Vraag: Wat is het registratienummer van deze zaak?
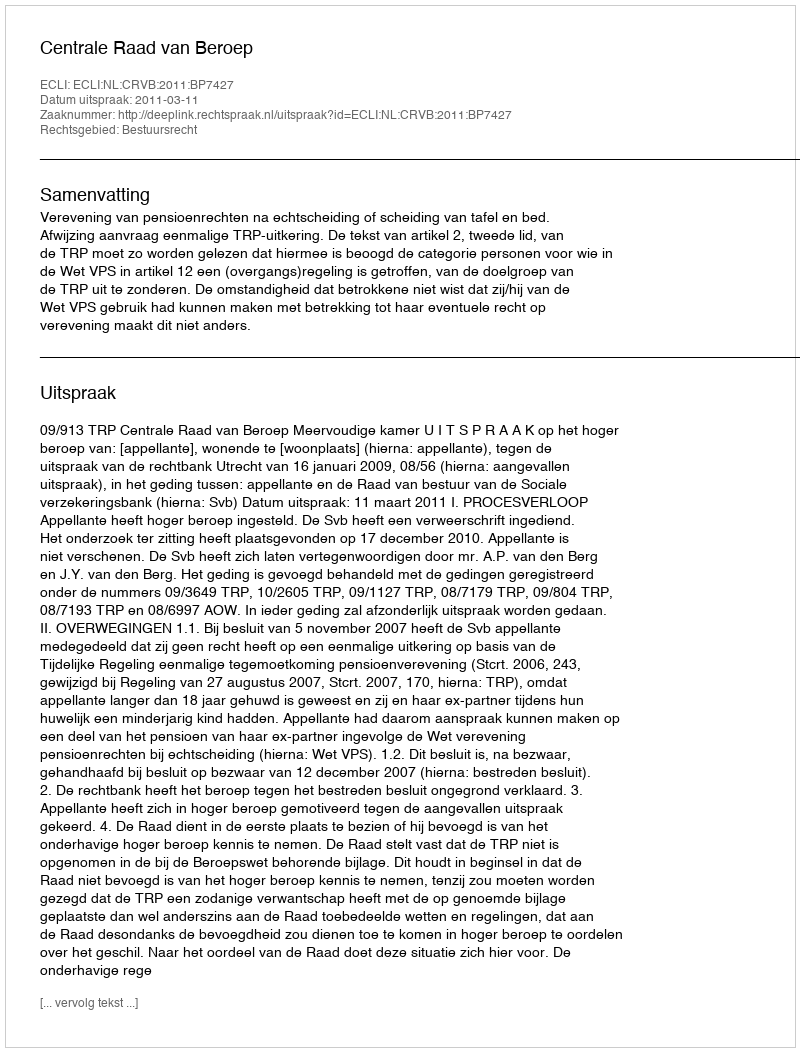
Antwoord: http://deeplink.rechtspraak.nl/uitspraak?id=ECLI:NL:CRVB:2011:BP7427